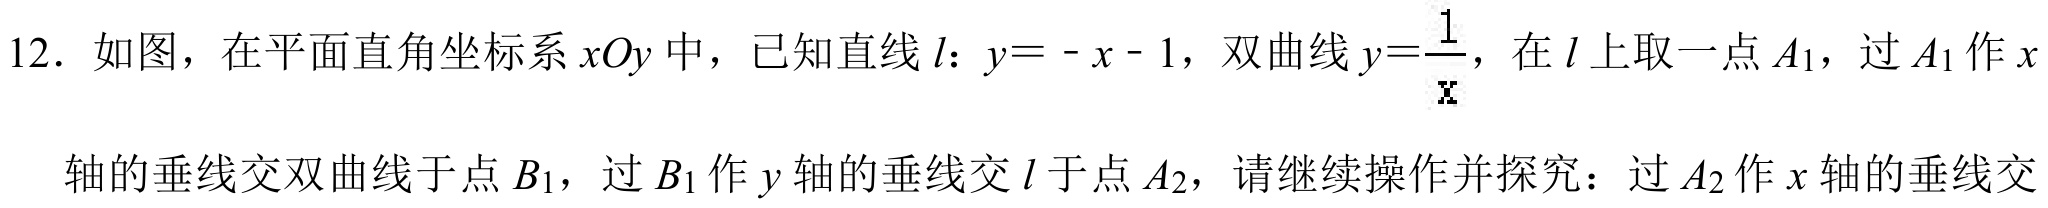
12. 如图，在平面直角坐标系\(xOy\)中，已知直线\(l\)：\(y = - x - 1\)，双曲线\(y=\frac{1}{x}\)，在\(l\)上取一点\(A_1\)，过\(A_1\)作\(x\)轴的垂线交双曲线于点\(B_1\)，过\(B_1\)作\(y\)轴的垂线交\(l\)于点\(A_2\)，请继续操作并探究：过\(A_2\)作\(x\)轴的垂线交